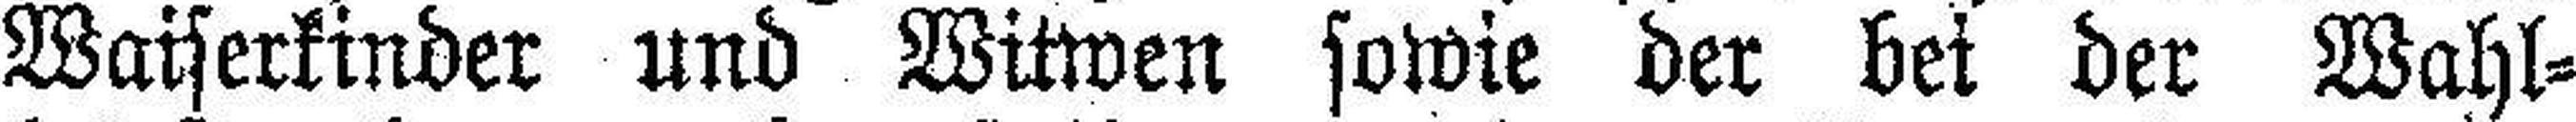
Waiserkinder und Witwen sowie der bei der Wahl¬